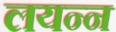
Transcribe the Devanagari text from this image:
लयन्न